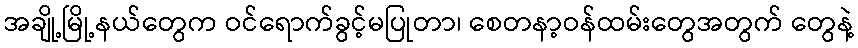
အချို့မြို့နယ်တွေက ဝင်ရောက်ခွင့်မပြုတာ၊ စေတနာ့ဝန်ထမ်းတွေအတွက် တွေနဲ့